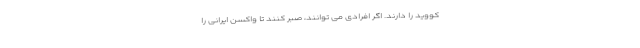
کووید را دارند. اگر افرادی می توانند، صبر کنند تا واکسن ایرانی را